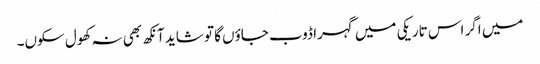
میں اگر اس تاریکی میں گہرا ڈوب جاؤں گا تو شاید آنکھ بھی نہ کھول سکوں۔